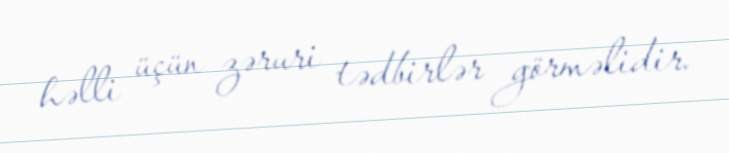
həlli üçün zəruri tədbirlər görməlidir.